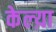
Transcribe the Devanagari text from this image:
केल्य़ा